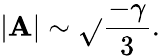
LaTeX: |\mathbf{A}|\sim\sqrt{}{{\frac{{-\gamma}}{{3}}}}.